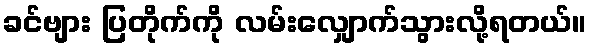
ခင်ဗျား ပြတိုက်ကို လမ်းလျှောက်သွားလို့ရတယ်။